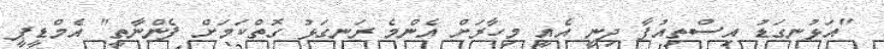
"އަޅުނގަޑު އިސްތިއުފާ ދިނީ އެއީ މިހާރަށް އެންމެ ރަނގަޅު ގޮތްކަމަށް ފެންނާތީ" އެމްޑީޕީ